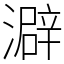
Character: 澼